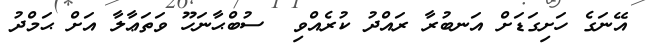
އޭނަގެ ހަށިގަޑަށް އަނބުރާ ރައްދު ކުރެއްވި  ސުބްޙާނަހޫ ވަތަޢާލާ އަށް ޙަމްދު